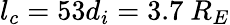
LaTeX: l_{c}=53d_{i}=3.7~R_{E}